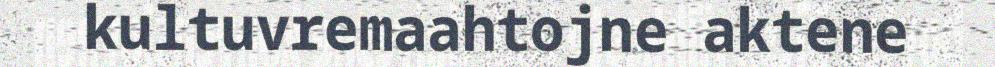
kultuvremaahtojne aktene